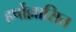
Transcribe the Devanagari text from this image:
हर्षोल्लासित